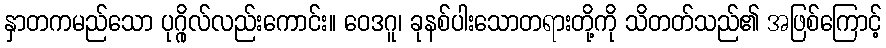
နှာတကမည်သော ပုဂ္ဂိုလ်လည်းကောင်း။ ဝေဒဂူ၊ ခုနစ်ပါးသောတရားတို့ကို သိတတ်သည်၏ အဖြစ်ကြောင့်